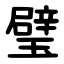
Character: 璧